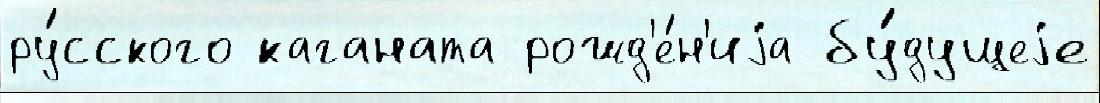
ру́сского каганата рожд'е́н'иjа бу́дущеjе